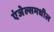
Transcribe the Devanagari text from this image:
एंजेल्समधील